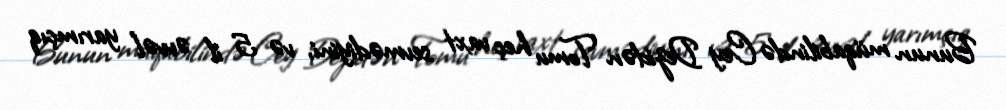
Bunun müqabilində Cey Dezidən Tomu heç vaxt sevmədiyini, və 5 il əvvəl yarımçıq